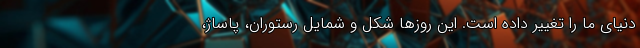
دنیای ما را تغییر داده است. این روزها شکل و شمایل رستوران‌، پاساژ،